Scottish Leaving Certificate Examination, 1959
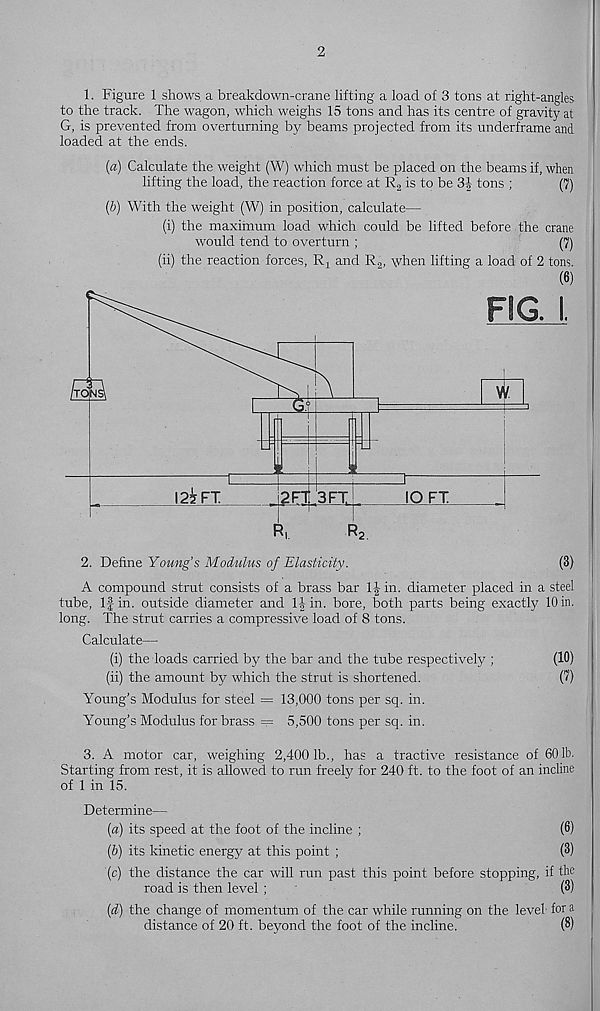
2
1. Figure 1 shows a breakdown-crane lifting a load of 3 tons at right-angles
to the track. The wagon, which weighs 15 tons and has its centre of gravity at
G, is prevented from overturning by beams projected from its underframe and
loaded at the ends.
[a) Calculate the weight (W) which must be placed on the beams if, when
lifting the load, the reaction force at R 2 is to be 3f tons ;
(7)
(b) With the weight (W) in position, calculate—
(i) the maximum load which could be lifted before the crane
would tend to overturn ;
(7)
(ii) the reaction forces,
and R 2 , when lifting a load of 2 tons.
(6)
2. Define Young’s Modulus of Elasticity.
(3)
A compound strut consists of a brass bar
in. diameter placed in a steel
tube, If in. outside diameter and lijin. bore, both parts being exactly 10 in.
long. The strut carries a compressive load of 8 tons.
Calculate—
(i) the loads carried by the bar and the tube respectively ;
(10)
(ii) the amount by which the strut is shortened.
(7)
Young’s Modulus for steel = 13,000 tons per sq. in.
Young’s Modulus for brass = 5,500 tons per sq. in.
3. A motor car, weighing 2,4001b., has a tractive resistance of 601b.
Starting from rest, it is allowed to run freely for 240 ft. to the foot of an incline
of 1 in 15.
Determine—
{a) its speed at the foot of the incline ;
(®)
(6) its kinetic energy at this point ;
(3)
(c) the distance the car will run past this point before stopping, if the
road is then level ;
(3)
[d) the change of momentum of the car while running on the level for a
distance of 20 ft. beyond the foot of the incline.
(3)